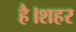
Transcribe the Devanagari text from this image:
है।शहर